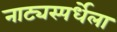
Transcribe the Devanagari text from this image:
नाट्यस्पर्धेला